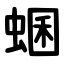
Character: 蜠